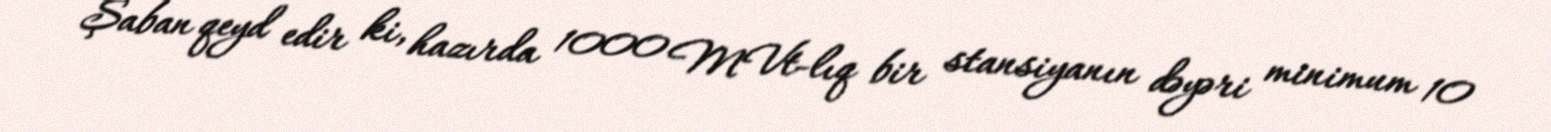
Şaban qeyd edir ki, hazırda 1000 MVt-lıq bir stansiyanın dəyəri minimum 10